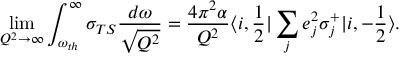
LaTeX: \operatorname * { l i m } _ { Q ^ { 2 } \to \infty } \int _ { \omega _ { t h } } ^ { \infty } \sigma _ { T S } \frac { d \omega } { \sqrt { Q ^ { 2 } } } = \frac { 4 \pi ^ { 2 } \alpha } { Q ^ { 2 } } \langle i , \frac 1 2 | \sum _ { j } e _ { j } ^ { 2 } \sigma _ { j } ^ { + } | i , - \frac 1 2 \rangle .